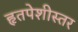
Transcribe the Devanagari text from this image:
हृतपेशीस्तर